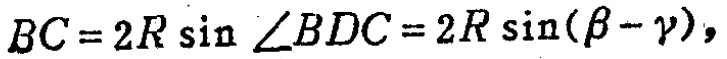
\(BC = 2R\sin\angle BDC=2R\sin(\beta - \gamma),\)